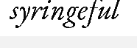
syringeful